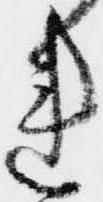
れ